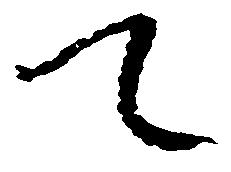
て